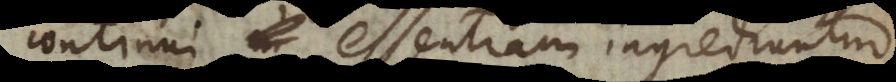
continui essentiam ingrediuntur